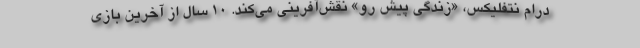
درام نتفلیکس، «زندگی پیش رو» نقش‌آفرینی می‌کند. ۱۰ سال از آخرین بازی